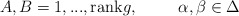
\begin{align*}A,B=1,...,{\textrm{rank}}g,\hspace{.4in}\alpha,\beta\in\Delta\end{align*}